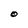
Character: O